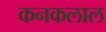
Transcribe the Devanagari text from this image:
कनकलाल